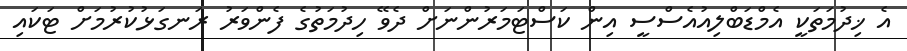
އެ ޚިދުމަތަކީ އެމްޑަބްލިއުއެސްސީ އިން ކަސްޓަމަރުންނަށް ދެވޭ ހިދުމަތުގެ ފެންވަރު ރަނގަޅުކުރުމަށް ޓަކައި